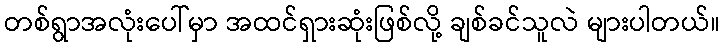
တစ်ရွာအလုံးပေါ်မှာ အထင်ရှားဆုံးဖြစ်လို့ ချစ်ခင်သူလဲ များပါတယ်။